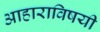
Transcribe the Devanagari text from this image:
आहाराविषयी